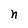
Character: n